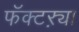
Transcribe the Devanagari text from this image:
फॅक्टऱ्या